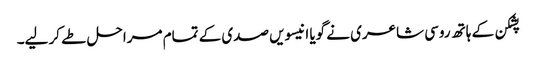
پشکن کے ہاتھ روسی شاعری نے گویا انیسویں صدی کے تمام مراحل طے کر لیے۔